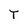
Character: T